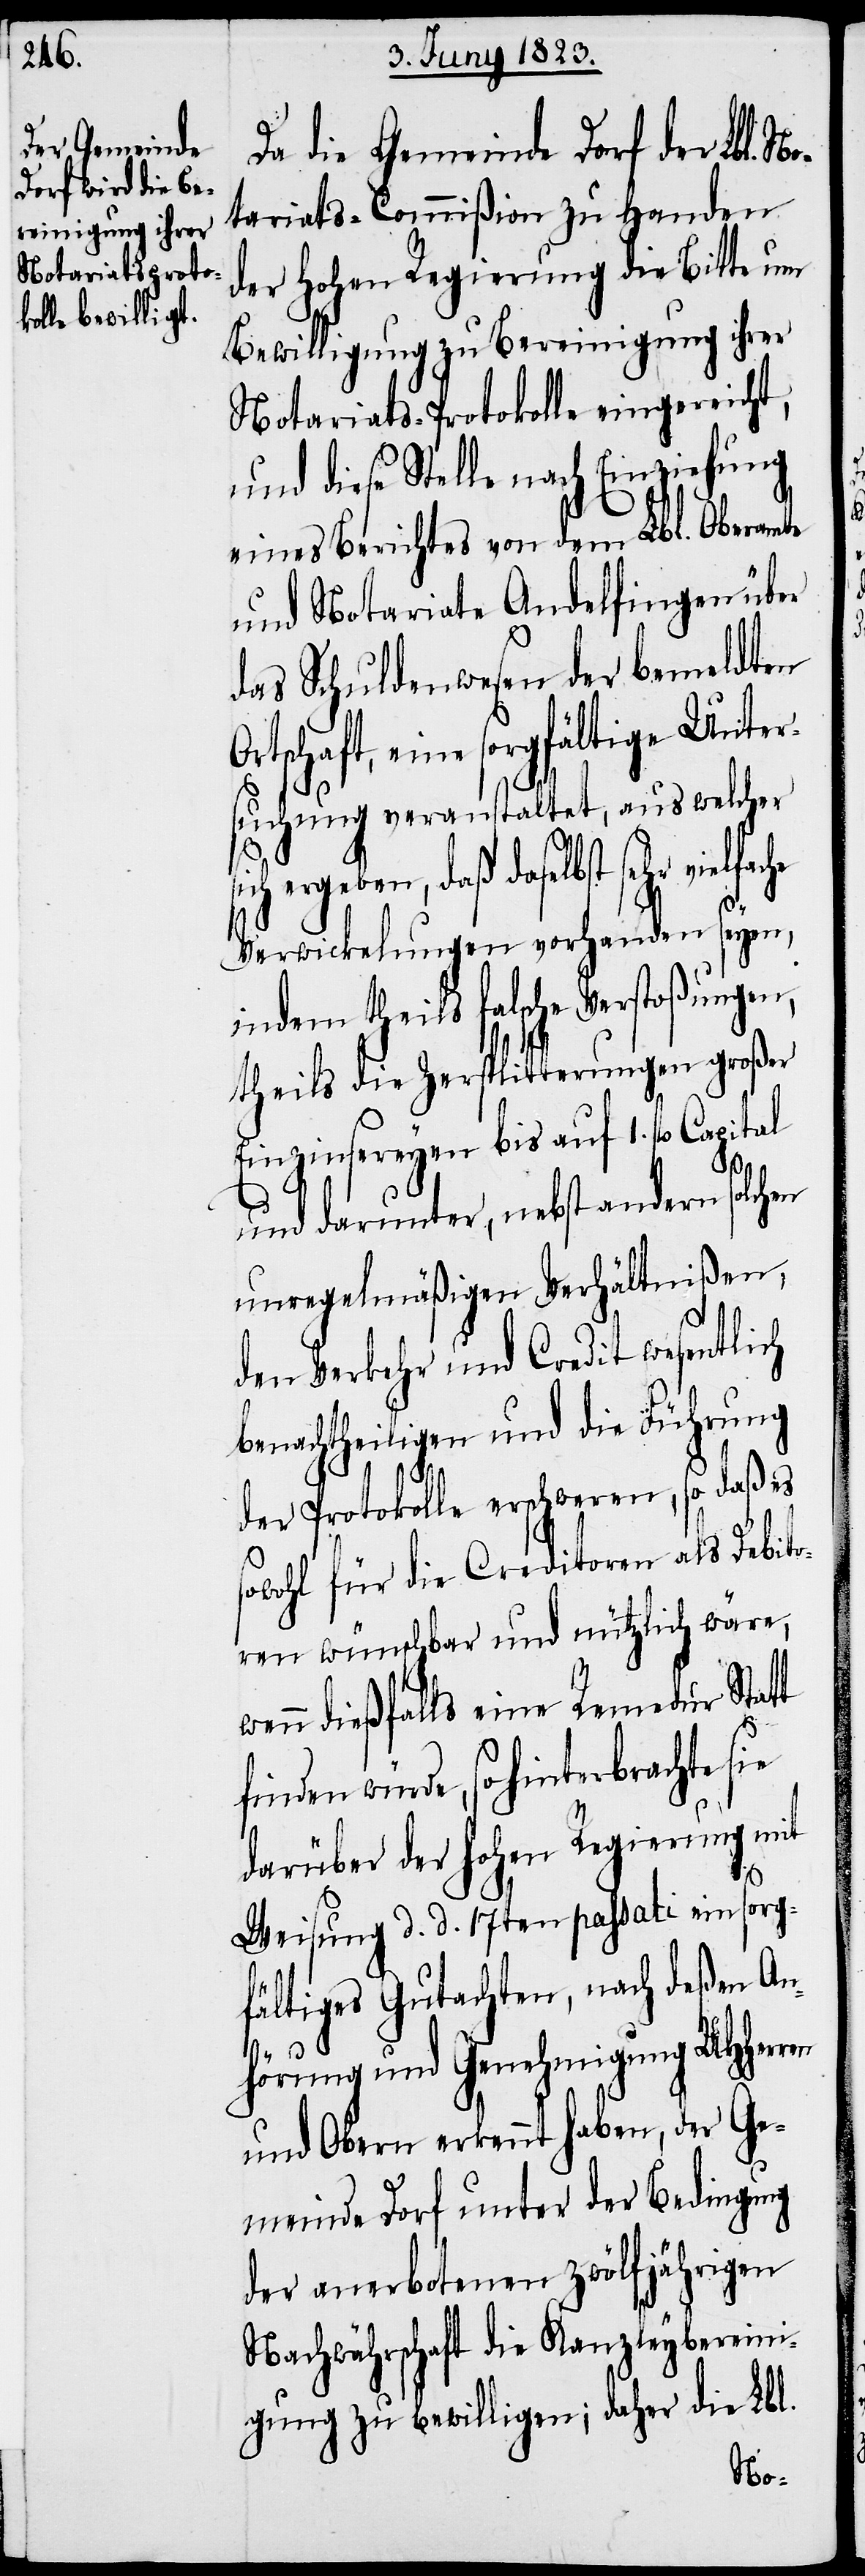
Da die Gemeinde Dorf der Lbl.
tariats-Commißion zu Handen
der hohen Regierung die Bitte um
Bewilligung zu Bereinigung ihrer
Notariats-Protokolle eingereicht,
und diese Stelle nach Einziehung
eines Berichtes von dem Lbl. Oberamte
und Notariate Andelfingen über
das Schuldenwesen der bemeldten
Ortschaft, eine sorgfältige Unter¬
suchung veranstaltet, aus welcher
ergeben, daß daselbst sehr
Verwickelungen vorhanden seyen,
indem theils falsche Verstoßungen,
theils die Zersplitterungen großer
Einzinsereyen bis auf 1. fl. Capital
und darunter, nebst andern solchen
unregelmäßigen Verhältnißen,
den Verkehr und Credit wesentlich
benachtheiligen und die Führung
der Protokolle erschweren, so daß
sowohl für die Creditoren als Debito¬
ren wünschbar und nützlich wäre,
nn dießfalls eine Remedur Statt
finden würde, so hinterbrachte sie
darüber der hohen Regierung mit
Weisung d. d. 17ten passati ein sorg¬
fältiges Gutachten, nach deßen An¬
hörung und Genehmigung UHHerren
und Obern erkennt haben, der Ge¬
meinde Dorf unter der Bedingung
der anerbotenen zwölfjährigen
Nachwährschaft die Kanzleybereini¬
gung zu bewilligen; daher die Lbl.
we¬